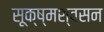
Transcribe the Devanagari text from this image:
सूक्ष्मश्वसन